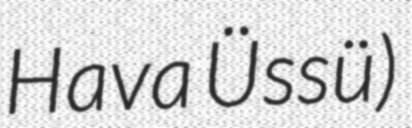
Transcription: Hava Üssü)